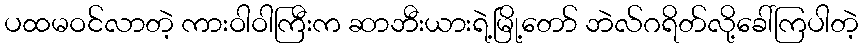
ပထမဝင်လာတဲ့ ကားဝါဝါကြီးက ဆာဘီးယားရဲ့မြို့တော် ဘဲလ်ဂရိတ်လို့ခေါ်ကြပါတဲ့